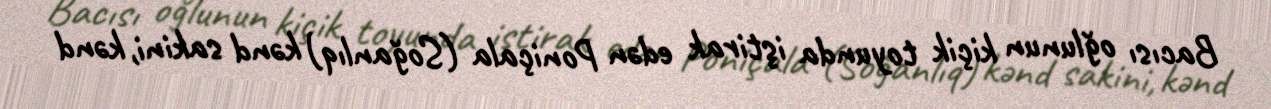
Bacısı oğlunun kiçik toyunda iştirak edən Poniçala (Soğanlıq) kənd sakini, kənd